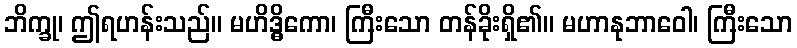
ဘိက္ခု၊ ဤရဟန်းသည်။ မဟိဒ္ဓိကော၊ ကြီးသော တန်ခိုးရှိ၏။ မဟာနုဘာဝေါ၊ ကြီးသော